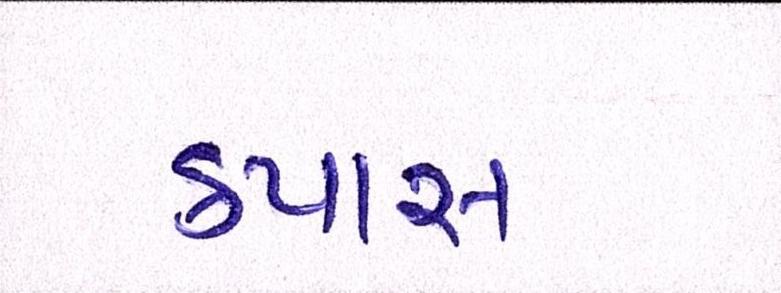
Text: કપાસ